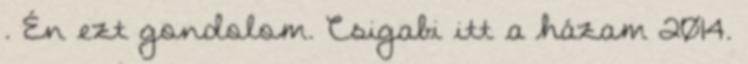
. Én ezt gondolom. Csigabi itt a házam 2014.